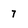
Character: 7